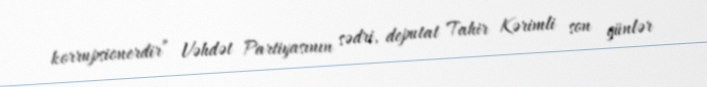
korrupsionerdir” Vəhdət Partiyasının sədri, deputat Tahir Kərimli son günlər